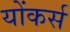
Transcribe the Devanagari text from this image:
योंकर्स